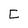
Character: C